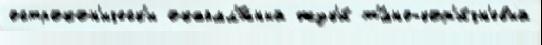
острокон'ическ'и окаймл'́нный жук'и́ т'́мно-кор'и́чн'евый